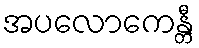
အပလောကေန္တီ